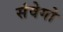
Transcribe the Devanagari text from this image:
संवेगो